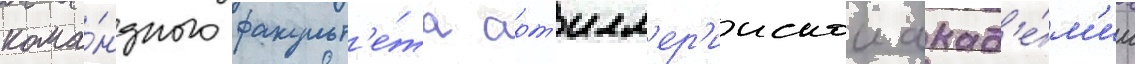
кома́ндного факульт'е́та арт'илл'ер'иискои акад'е́м'ии